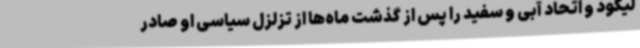
لیکود و اتحاد آبی و سفید را پس از گذشت ماه‌ها از تزلزل سیاسی او صادر